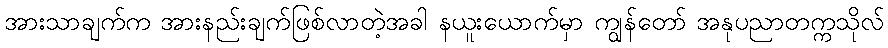
အားသာချက်က အားနည်းချက်ဖြစ်လာတဲ့အခါ နယူးယောက်မှာ ကျွန်တော် အနုပညာတက္ကသိုလ်